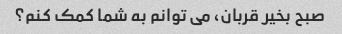
صبح بخیر قربان، می توانم به شما کمک کنم؟